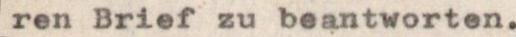
ren Brief zu beantworten.